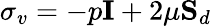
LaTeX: \mathbf{\sigma}_{v}=-p\mathbf{I}+2\mu\mathbf{S}_{d}